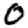
Digit: 0